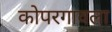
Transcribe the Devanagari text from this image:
कोपरगावला